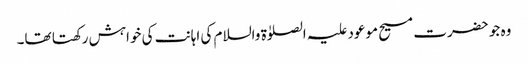
وہ جو حضرت مسیح موعود علیہ الصلوٰۃ والسلام کی اہانت کی خواہش رکھتا تھا۔